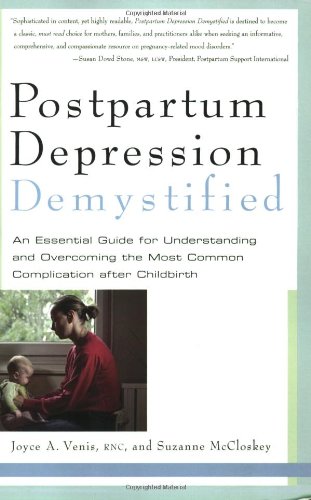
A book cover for Postpartum Depression Demystified: An Essential Guide for Understanding and Overcoming the Most Common Complication after Childbirth; Joyce A. Venis RNC RNC; Health, Fitness & Dieting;